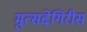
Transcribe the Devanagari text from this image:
मुत्सद्देगिरीस